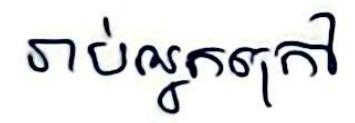
រាប់អ្នកក្រៅ